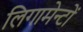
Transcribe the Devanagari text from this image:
लिगामेन्टों